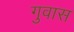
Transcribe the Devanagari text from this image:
गुवास